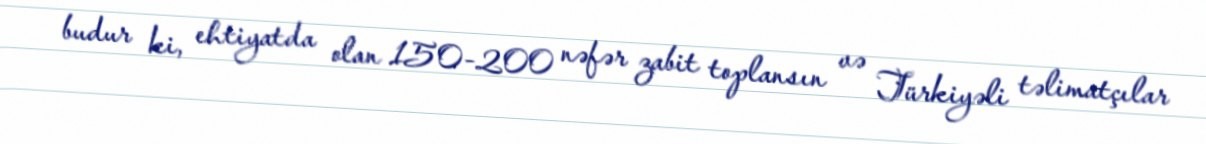
budur ki, ehtiyatda olan 150-200 nəfər zabit toplansın və Türkiyəli təlimatçılar